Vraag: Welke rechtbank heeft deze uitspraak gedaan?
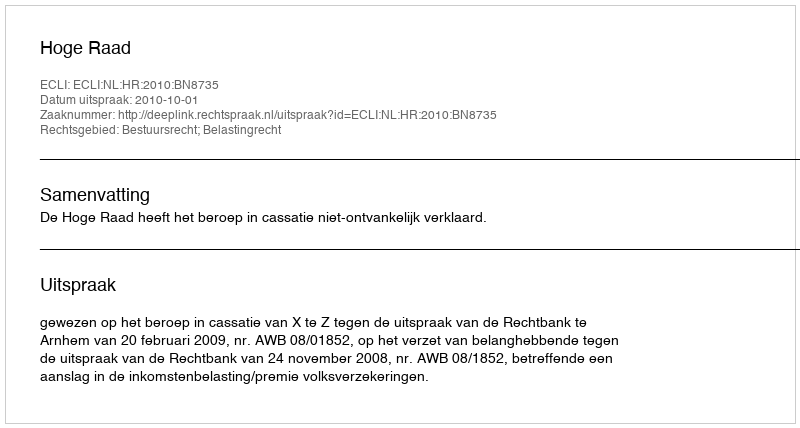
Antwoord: Hoge Raad